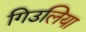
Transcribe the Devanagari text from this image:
गिउलिया